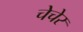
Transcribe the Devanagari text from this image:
चेचेर